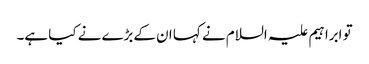
تو ابراہیم علیہ السلام نے کہا ان کےبڑے نے کیا ہے۔